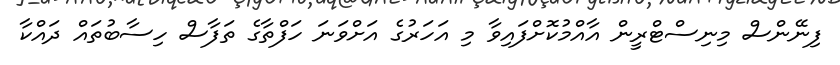
ފިނޭންސް މިނިސްޓްރީން އާއްމުކޮށްފައިވާ މި އަހަރުގެ އަށްވަނަ ހަފްތާގެ ތަފާސް ހިސާބުތައް ދައްކާ